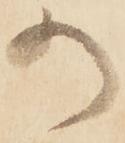
の